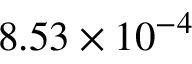
8 . 5 3 \times 1 0 ^ { - 4 }